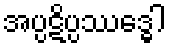
အပ္ပဋိပ္ပဿဒ္ဓေါ